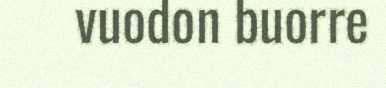
vuodon buorre